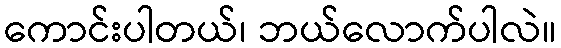
ကောင်းပါတယ်၊ ဘယ်လောက်ပါလဲ။